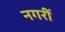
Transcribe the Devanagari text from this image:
नगरीं